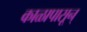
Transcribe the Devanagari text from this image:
काळापासून्